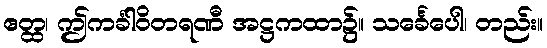
ဧတ္ထ၊ ဤကင်္ခါဝိတရဏီ အဋ္ဌကထာ၌။ သင်္ခေပေါ၊ တည်း။